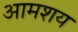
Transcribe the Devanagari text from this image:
आमशय